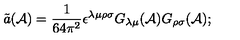
\tilde { a } ( { \cal A } ) = \frac { 1 } { 6 4 \pi ^ { 2 } } \epsilon ^ { \lambda \mu \rho \sigma } G _ { \lambda \mu } ( { \cal A } ) G _ { \rho \sigma } ( { \cal A } ) ;